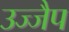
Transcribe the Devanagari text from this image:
उज्जैप